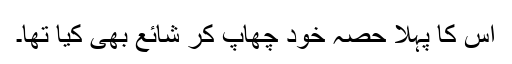
اس کا پہلا حصہ خود چھاپ کر شائع بھی کیا تھا۔